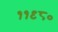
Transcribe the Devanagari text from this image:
११९८०